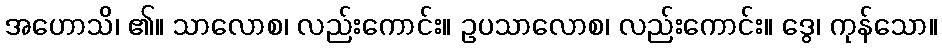
အဟောသိ၊ ၏။ သာလောစ၊ လည်းကောင်း။ ဥပသာလောစ၊ လည်းကောင်း။ ဒွေ၊ ကုန်သော။